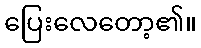
ပြေးလေတော့၏။